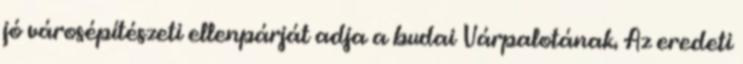
jó városépítészeti ellenpárját adja a budai Várpalotának. Az eredeti